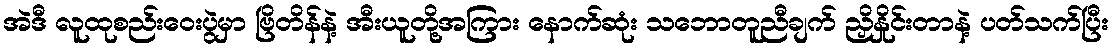
အဲဒီ လူထုစည်းဝေးပွဲမှာ ဗြိတိန်နဲ့ အီးယူတို့အကြား နောက်ဆုံး သဘောတူညီချက် ညှိနှိုင်းတာနဲ့ ပတ်သက်ပြီး